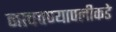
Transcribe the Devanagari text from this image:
नाचवण्यापलीकडे